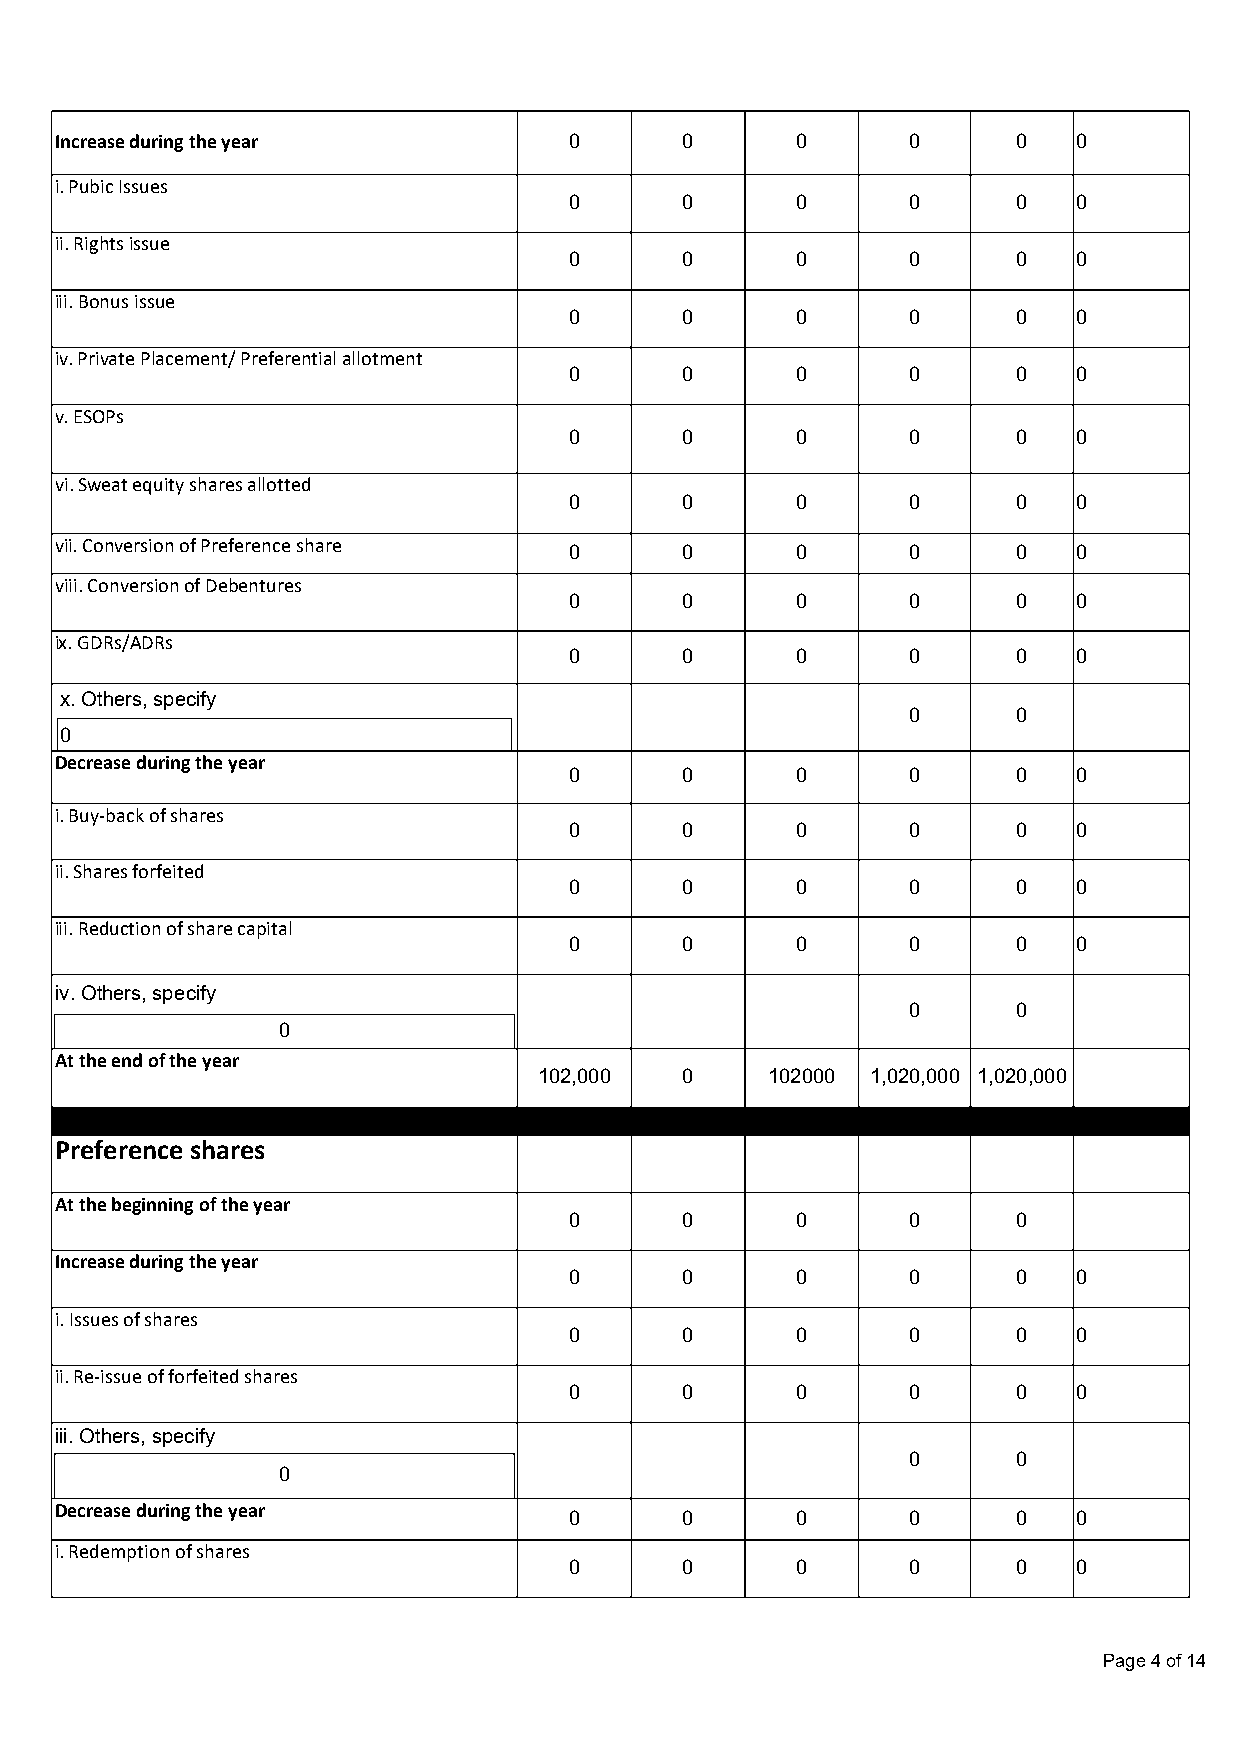
Increase during the year          0      0       0      0      0   0
 i. Pubic Issues
 0      0       0      0      0   0
 ii. Rights issue
 0      0       0      0      0   0
 iii. Bonus issue
 0      0       0      0      0   0
 iv. Private Placement/ Preferential allotment
 0      0       0      0      0   0
 v. ESOPs
 0      0       0      0      0   0
 vi. Sweat equity shares allotted
 0      0       0      0      0   0
 vii. Conversion of Preference share 0    0       0      0      0   0
 viii. Conversion of Debentures
 0      0       0      0      0   0
 ix. GDRs/ADRs
 0      0       0      0      0   0
 x. Others, specify
 0      0
 0
 Decrease during the year
 0      0       0      0      0   0
 i. Buy-back of shares
 0      0       0      0      0   0
 ii. Shares forfeited
 0      0       0      0      0   0
 iii. Reduction of share capital
 0      0       0      0      0   0
 iv. Others, specify
 0      0
 0
 At the end of the year
 102,000  0     102000 1,020,000 1,020,000
 Preference shares
 At the beginning of the year
 0      0       0      0      0
 Increase during the year
 0      0       0      0      0   0
 i. Issues of shares
 0      0       0      0      0   0
 ii. Re-issue of forfeited shares
 0      0       0      0      0   0
 iii. Others, specify
 0      0
 0
 Decrease during the year
 0      0       0      0      0   0
 i. Redemption of shares
 0      0       0      0      0   0
 Page 4 of 14